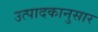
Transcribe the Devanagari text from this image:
उत्पादकानुसार